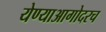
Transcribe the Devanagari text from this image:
येण्याआगोदरच